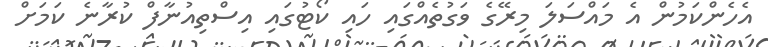
އެހެންކަމުން އެ މައްސަލަ މިރޭގެ ވަގުތެއްގައި ހައި ކޯޓުގައި އިސްތިއުނާފް ކުރާނެ ކަމަށް